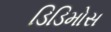
ડિડિમોસ